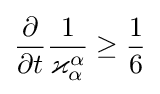
{\frac {\partial }{\partial t}}{\frac {1}{\varkappa _{\alpha }^{\alpha }}}\geq {1 \over 6}